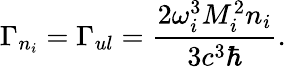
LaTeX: \Gamma_{n_{i}}=\Gamma_{ul}=\frac{2\omega_{i}^{3}M_{i}^{2}n_{i}}{3c^{3}\hbar}.